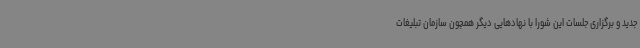
جدید و برگزاری جلسات این شورا با نهادهایی دیگر همچون سازمان تبلیغات